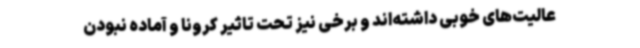
عالیت‌های خوبی داشته‌اند و برخی نیز تحت تاثیر کرونا و آماده نبودن